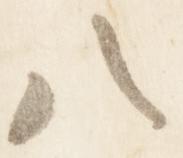
八